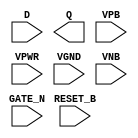
module sky130_fd_sc_lp__dlrtn (
    //# {{data|Data Signals}}
    input  D      ,
    output Q      ,

    //# {{control|Control Signals}}
    input  RESET_B,

    //# {{clocks|Clocking}}
    input  GATE_N ,

    //# {{power|Power}}
    input  VPB    ,
    input  VPWR   ,
    input  VGND   ,
    input  VNB
);
endmodule